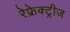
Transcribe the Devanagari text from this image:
रेफ्रेक्ट्रीज